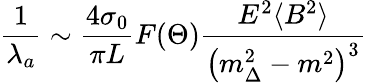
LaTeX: \frac{1}{\lambda_{a}}\sim\frac{4\sigma_{0}}{\pi L}F(\Theta)\frac{E^{2}\langle B^{2}\rangle}{\left(m_{\Delta}^{2}-m^{2}\right)^{3}}